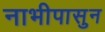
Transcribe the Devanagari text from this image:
नाभीपासुन